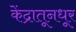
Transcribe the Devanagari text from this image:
केंद्रातूनधूर